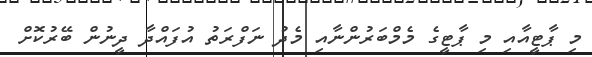
މި ޕާޓީއާއި މި ޕާޓީގެ މެމްބަރުންނާއި މެދު ނަފްރަތު އުފައްދާ ދީނުން ބޭރުކޮށް